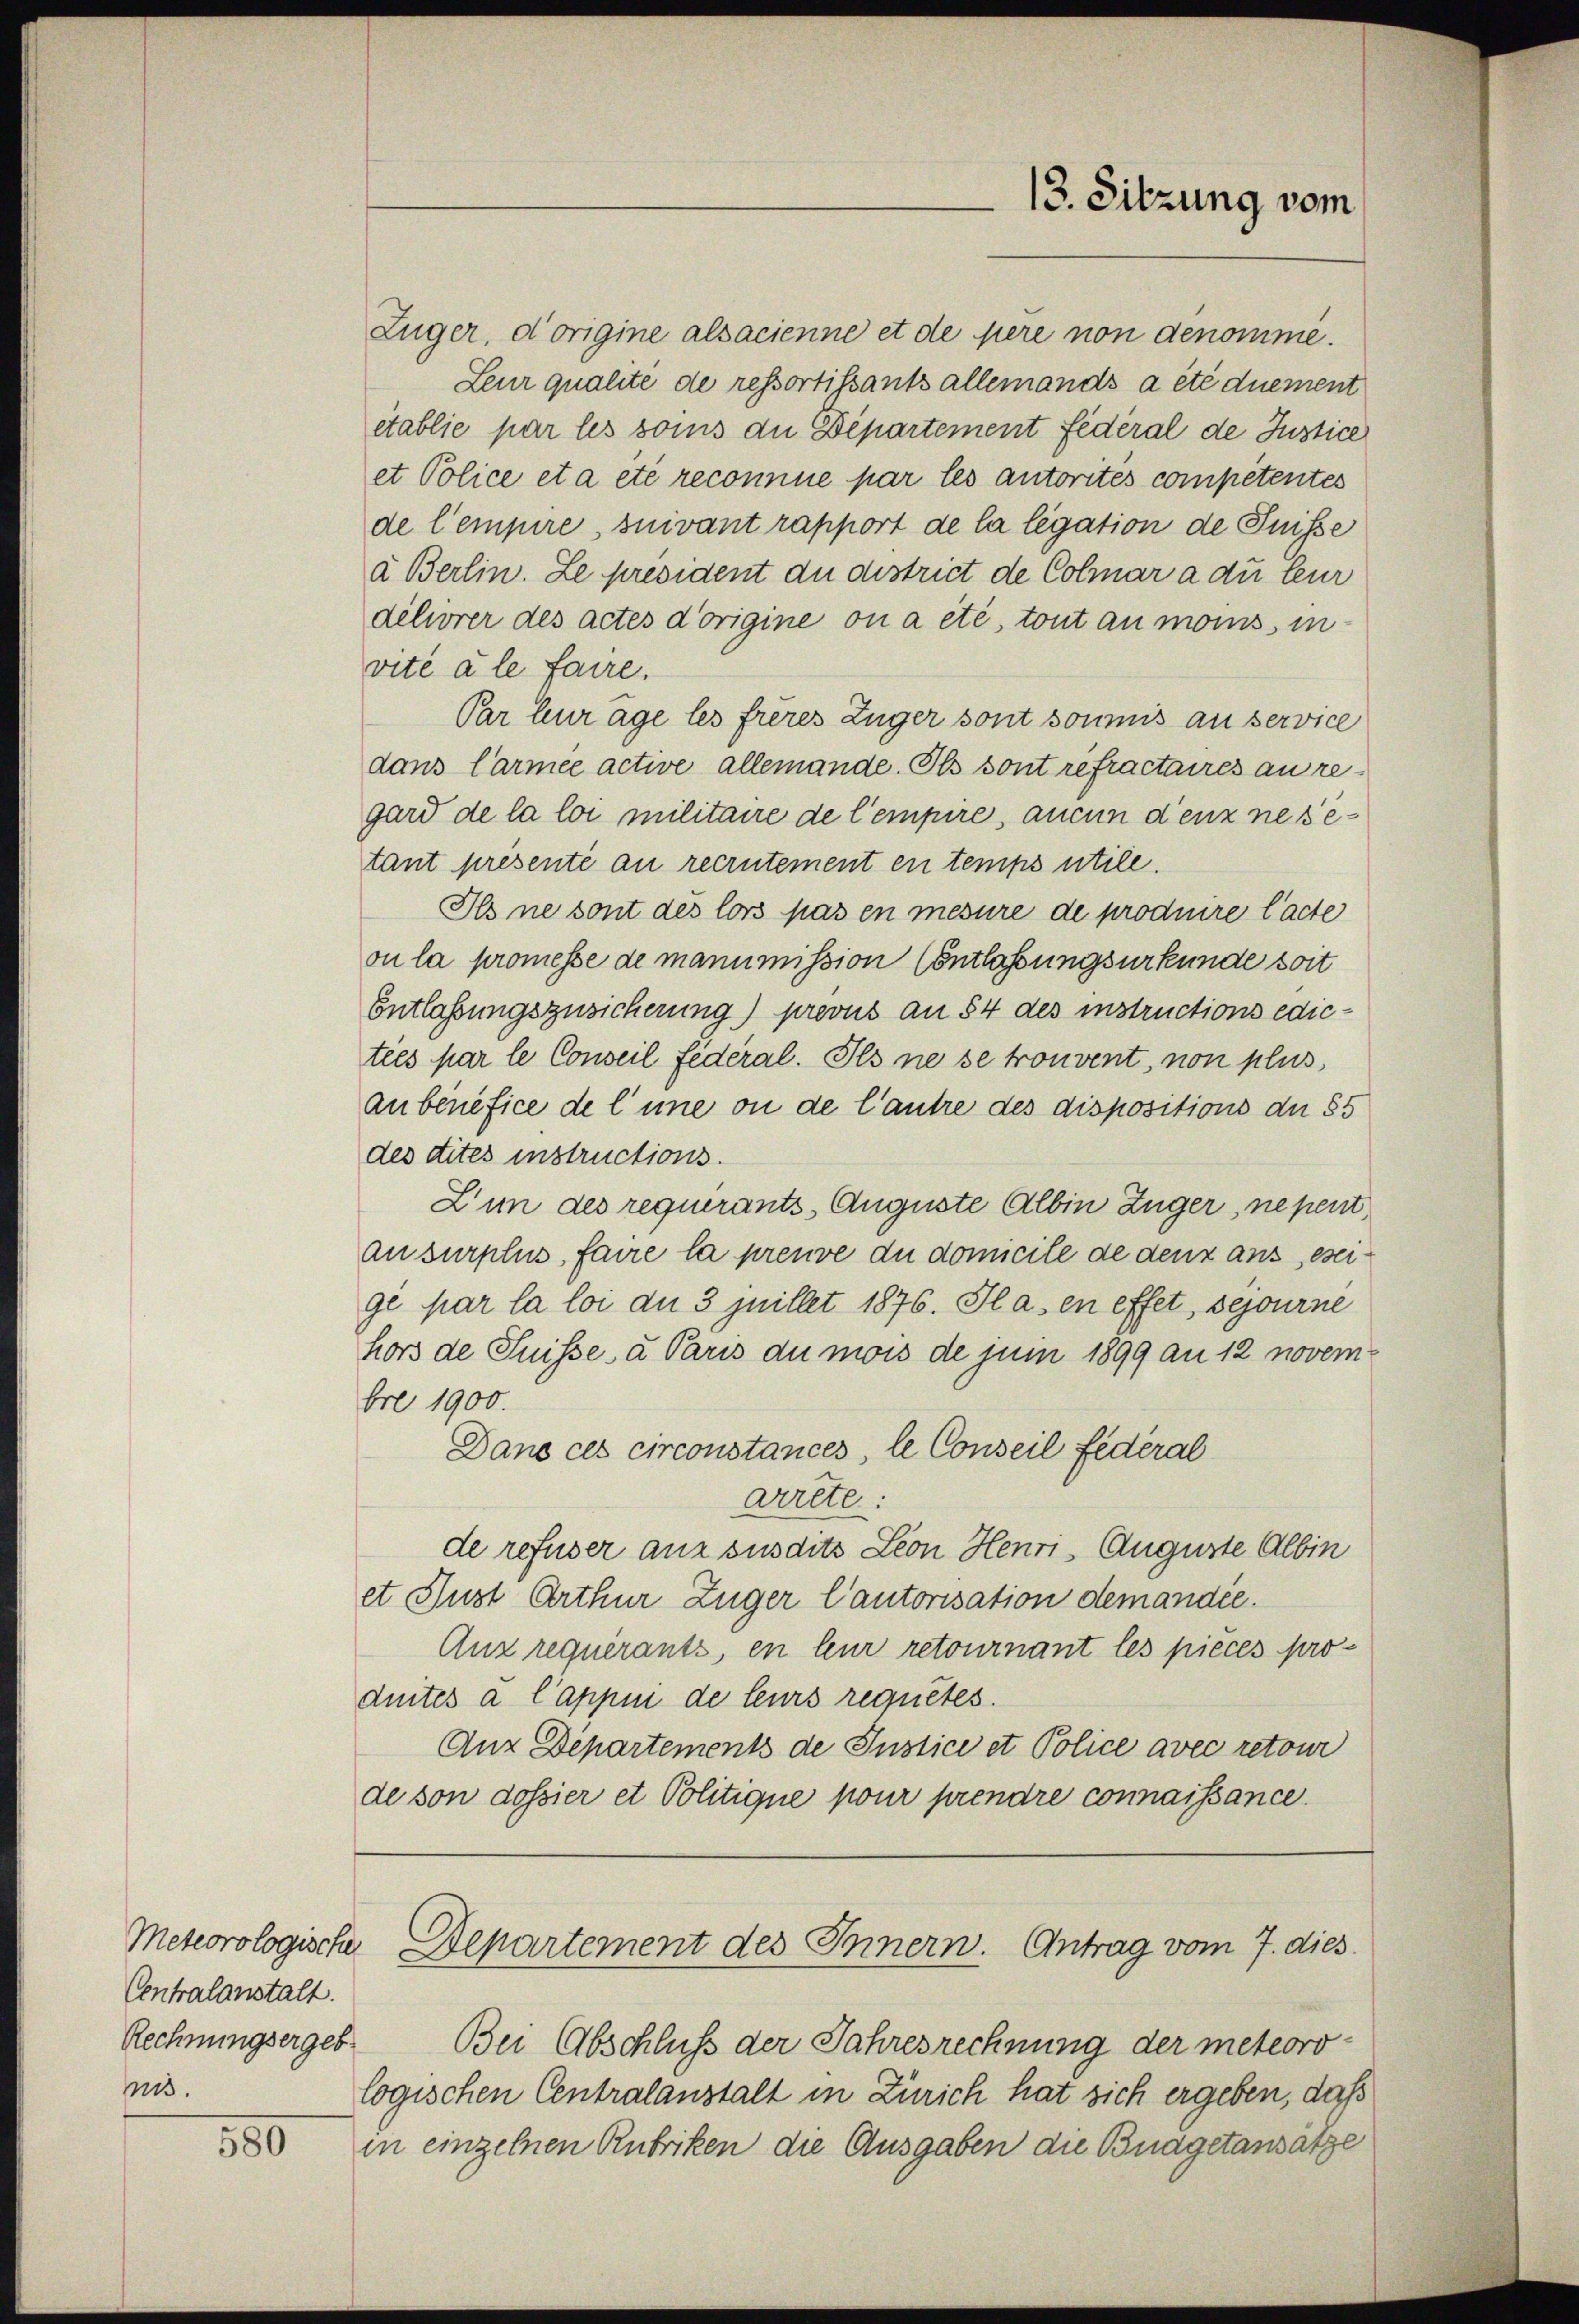
Meteorologische
Centralanstalt.
Rechnungsergeb
nis.

580

Züger, d’origine alsacienne et de père non genomme.
Leur qualite de ressortissants allemands a été duement
etablie par les soins die Departement fédéral de Justice
et Police eta etc reconnue par les autorités competentes
de Cempire, suivant rapport de la legation de Puisse
à Berlin. Le president du district de Colmar a du teur
délivrer des actes d’origine on a été, tout an monis in
vité à le faire.
Par Eurage les frères Zuger sont soumis an service
dans Carmee active allemande. Ils sont refractaires an regard de la loi militaire de l’empire, aucun denz ne setant presenté au recrutement en temps utile.
Ils ne sont des lors pas en mesure de produire l’acte
ou la promesse de manumission (Entlaßungsurkunde soit
Entlaßungszusicherung) prevus an 54 des instructions edictées par le Conseil Federal. Ils ne se trouvent, non plus
aubenefice de l’une ou de l’autre des dispositions de 85
des dites instructions.
Zun des requerants Auguste Albin Züger, ne pent
ausurplus, faire la preuve du domicile de denz aus, eseigé par la loi du 3 juillet 1876. Ilasen effet, sejourne
hors de Suisse a Paris du mois de juni 1899 an 12 novembre 1900.
Dans ces circonstances, le Conseil fédéral
arrete:
de refuser aus susdits Leon Henri- Auguste Albin
et Sust Arthur Zuger Cautorisation demandée.
Anz requérants, en leur retournant les pieces produites a Cappin de leurs requetes.
Anz Departements de Justice et Police avec retour
de son dossier et Politique pour prendre connaissance.

13. Sitzung vom

Departement des Innern. Antrag vom 7. dies

Bei Abschluß der Jahresrechnung der meteoro
logischen Centralanstalt in Zürich hat sich ergeben, daß
in einzelnen Rubriken die Ausgaben die Bnagetansatze